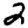
Digit: 2